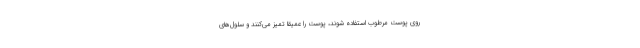
روی پوست مرطوب استفاده شوند، پوست را عمیقا تمیز می‌کنند و سلول‌های